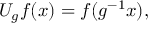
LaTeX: U _ { g } f ( x ) = f ( g ^ { - 1 } x ) ,